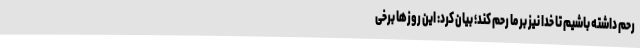
رحم داشته باشیم تا خدا نیز بر ما رحم کند؛‌ بیان کرد: این روزها برخی